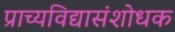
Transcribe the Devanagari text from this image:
प्राच्यविद्यासंशोधक